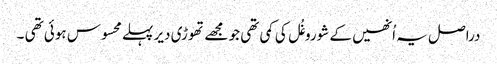
دراصل یہ اُنھیں کے شوروغُل کی کمی تھی جو مجھے تھوڑی دیر پہلے محسوس ہوئی تھی ۔